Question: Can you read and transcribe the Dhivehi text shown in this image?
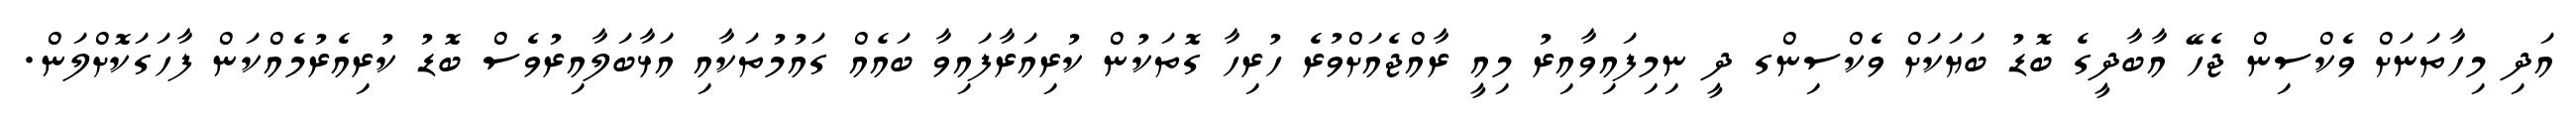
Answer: އަދި މިހާތަނަށް ވެކްސިން ޖެހޭ އާބާދީގެ ބޮޑު ބަޔަކަށް ވެކްސިންގ ދީ ނިމިފައިވާއިރު މިއީ ރާއްޖެއަށްވުރެ ހުރިހާ ގޮތަކުން ކުރިއަރާފައިވާ ބައެއް ގައުމުތަކާއި އަޅާބަލާއިރުވެސް ބޮޑު ކުރިއެރުމެއްކަން ފާހަގަކޮށްލަން.